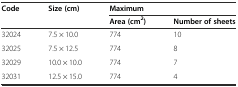
<table><thead><tr><td rowspan="2"><b>Code</b></td><td rowspan="2"><b>Size (cm)</b></td><td colspan="2"><b>Maximum</b></td></tr><tr><td><b>Area (cm<sup>2</sup>)</b></td><td><b>Number of sheets</b></td></tr></thead><tbody><tr><td>32024</td><td>7.5 × 10.0</td><td>774</td><td>10</td></tr><tr><td>32025</td><td>7.5 × 12.5</td><td>774</td><td>8</td></tr><tr><td>32029</td><td>10.0 × 10.0</td><td>774</td><td>7</td></tr><tr><td>32031</td><td>12.5 × 15.0</td><td>774</td><td>4</td></tr></tbody></table>